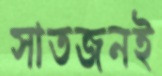
সাতজনই